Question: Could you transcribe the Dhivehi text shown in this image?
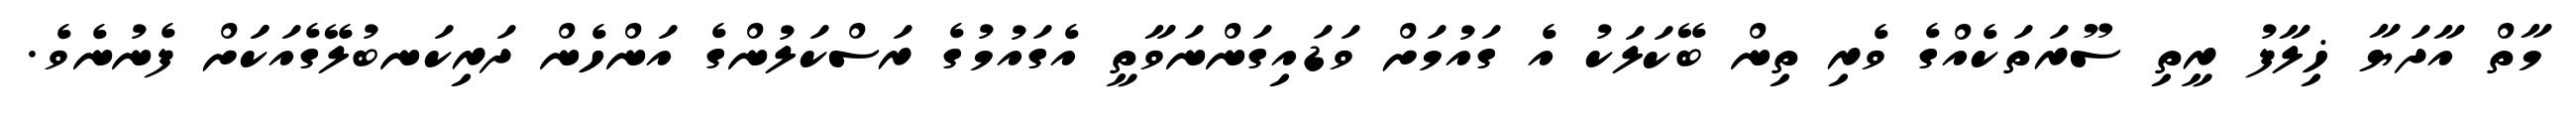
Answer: މާތް އާދަޔާ ޚިލާފު ރީތި ސޫރަތަކެއްގެ ވެރި ތިން ބޭކަލަކު އެ ގައުމަށް ވަޑައިގަންނަވާތީ އެގައުމުގެ ރަސްކަލުންގެ އަންހެން ދަރިކަނބުލޭގެއަކަަށް ފެނުނެވެ.